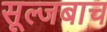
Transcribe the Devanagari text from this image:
सूल्जबाच